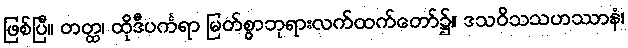
ဖြစ်ပြီ။ တတ္ထ၊ ထိုဒီပင်္ကရာ မြတ်စွာဘုရားလက်ထက်တော်၌။ ဒသဝိသသဟဿာနံ၊